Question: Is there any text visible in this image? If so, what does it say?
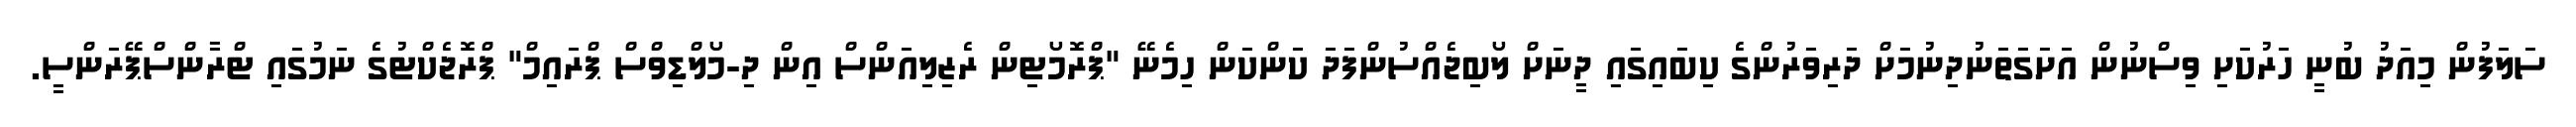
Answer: ސަލަފުން މިއަދު ބުނީ ހަރުކަށި ވިސްނުން އަށަގަތަނުދިނުމަށް ދަރިވަރުންގެ ކިބައިގައި ދީނަށް ލޯބިޖެއްސުންފަދަ ކަންކަން ހިމެނޭ "ޕްރޮމޯޓިން ރެޒިލިއަންސް އިން ދި-މޯލްޑިވްސް ޕްރައިމް" ޕްރޮޖެކްޓުގެ ނަމުގައި ޓްރާންސްޕޭރަންސީ.